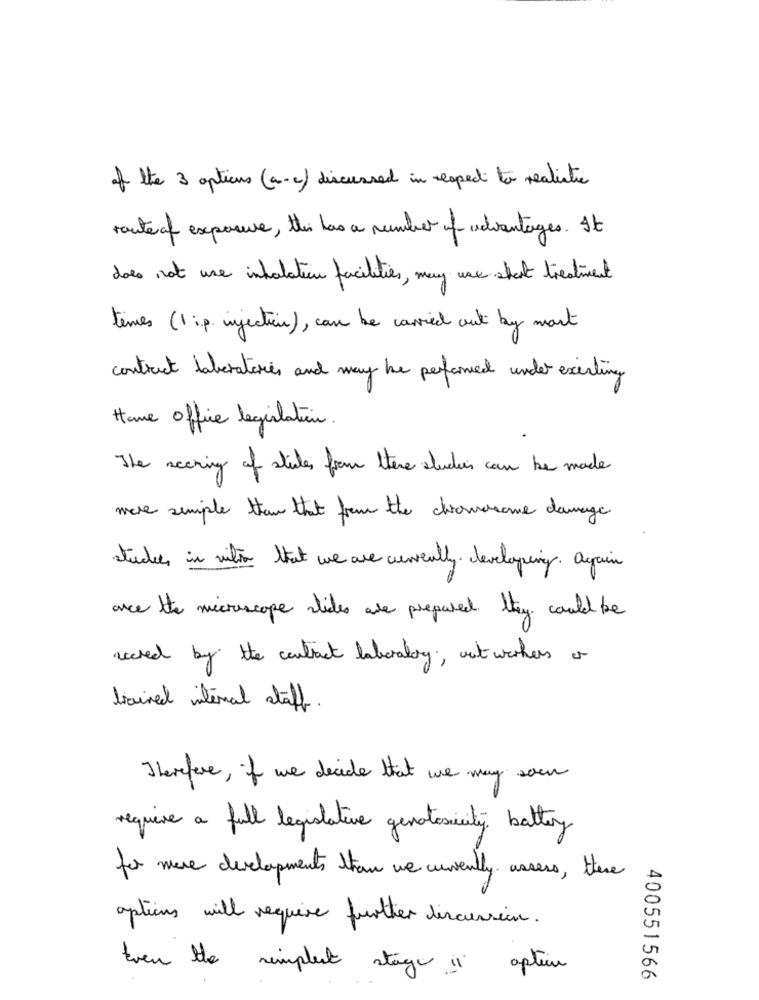
of the 3 options (a-c) discussed in respect to realistic
route of exposure , thei has a number of advantages . It
does not use inhalation facilities , may use short treatment
times (1 :p. injection), can be carried out by most
contract laboratories and may be performed under existing
Home office legislation.
The scoring of slides from there studies can be made
mere simple than that from the chromosome damage
studies in vilto that we are currently developing . Again
are the microscope slides are prepared they could be
nected by the contract laboratory ; nut workers or
brained internal staff.
Therefore , if we decide that we may soen
require a full legislative genotosicity battery
for more developments than we curently assers , there
options will require further discussion .
twen the simplest stage in option
400551566